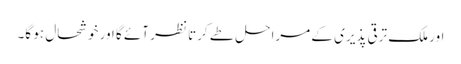
اور ملک ترقی پذیری کے مراحل طے کرتا نظر آئے گا اور خوشحال ہو گا۔